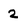
Character: 2